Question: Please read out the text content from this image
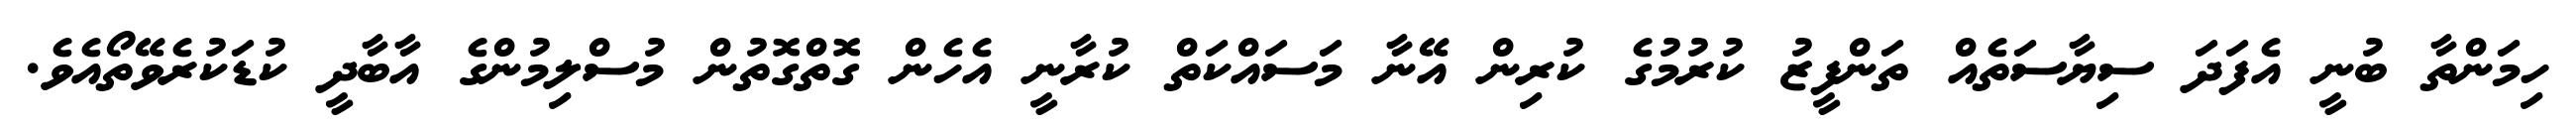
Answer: ހިމަންތާ ބުނީ އެފަދަ ސިޔާސަތެއް ތަންފީޒު ކުރުމުގެ ކުރިން އޭނާ މަސައްކަތް ކުރާނީ އެހެން ގޮތްގޮތުން މުސްލިމުންގެ އާބާދީ ކުޑަކުރެވޭތޯއެވެ.